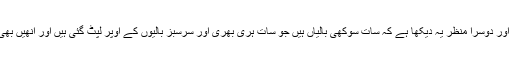
جیسے پہلے تھیں اور دوسرا منظر یہ دیکھا ہے کہ سات سوکھی بالیاں ہیں جو سات ہری بھری اور سرسبز بالیوں کے اوپر لپٹ گئی ہیں اور انھیں بھی سوکھا بنادیا ہے۔